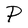
Character: P